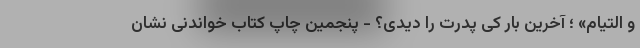
و التیام» ؛ آخرین بار کی پدرت را دیدی؟ - پنجمین چاپ کتاب خواندنی نشان